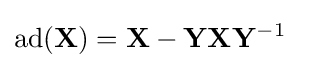
\operatorname {ad} (\mathbf {X} )=\mathbf {X} -\mathbf {Y} \mathbf {X} \mathbf {Y} ^{-1}~